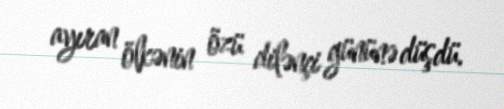
ayıran ölkənin özü dilənçi gününə düşdü.